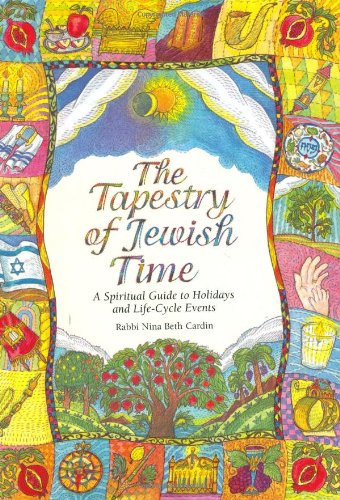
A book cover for The Tapestry of Jewish Time: A Spiritual Guide to Holidays and Life-Cycle Events; Nina Beth Cardin; Religion & Spirituality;